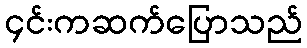
၄င်းကဆက်ပြောသည်